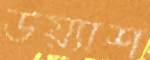
উয়্যাশ